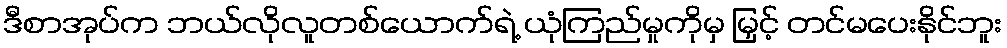
ဒီစာအုပ်က ဘယ်လိုလူတစ်ယောက်ရဲ့ ယုံကြည်မှုကိုမှ မြှင့် တင်မပေးနိုင်ဘူး